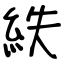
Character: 紩